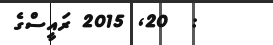
:  20